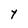
Character: Y